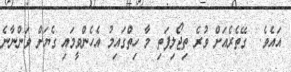
އައެވެ.  ގޭތެރެއަށް ވުރެ ތިޖޯލިފަތި މާ ހިތްގައިމު އެހެންވީމައި ގެޔަށް ވަންނާނެ